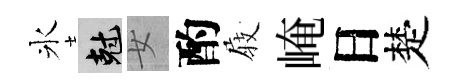
氷剋女酌𡲆崦日楚